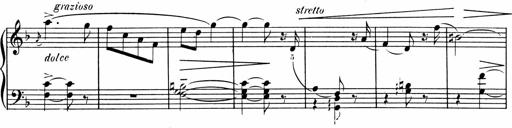
Title: 1Ã¨re Sonatine
Composer: FrÃ©dÃ©ric Binet